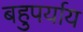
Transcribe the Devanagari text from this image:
बहुपर्याय